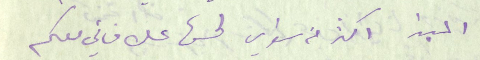
المبدا اكثر من سواي لحسن علاقاتي معكم